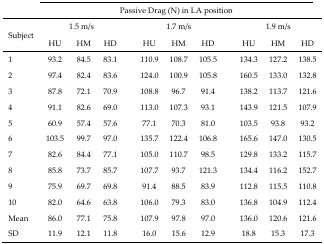
<table><thead><tr><td></td><td colspan="9"><b>Passive Drag (N) in LA position</b></td></tr><tr><td rowspan="2"><b>Subject</b></td><td colspan="3"><b>1.5 m/s</b></td><td colspan="3"><b>1.7 m/s</b></td><td colspan="3"><b>1.9 m/s</b></td></tr><tr><td><b>HU</b></td><td><b>HM</b></td><td><b>HD</b></td><td><b>HU</b></td><td><b>HM</b></td><td><b>HD</b></td><td><b>HU</b></td><td><b>HM</b></td><td><b>HD</b></td></tr></thead><tbody><tr><td>1</td><td>93.2</td><td>84.5</td><td>83.1</td><td>110.9</td><td>108.7</td><td>105.5</td><td>134.3</td><td>127.2</td><td>138.5</td></tr><tr><td>2</td><td>97.4</td><td>82.4</td><td>83.6</td><td>124.0</td><td>100.9</td><td>105.8</td><td>160.5</td><td>133.0</td><td>132.8</td></tr><tr><td>3</td><td>87.8</td><td>72.1</td><td>70.9</td><td>108.8</td><td>96.7</td><td>91.4</td><td>138.2</td><td>113.7</td><td>121.6</td></tr><tr><td>4</td><td>91.1</td><td>82.6</td><td>69.0</td><td>113.0</td><td>107.3</td><td>93.1</td><td>143.9</td><td>121.5</td><td>107.9</td></tr><tr><td>5</td><td>60.9</td><td>57.4</td><td>57.6</td><td>77.1</td><td>70.3</td><td>81.0</td><td>103.5</td><td>93.8</td><td>93.2</td></tr><tr><td>6</td><td>103.5</td><td>99.7</td><td>97.0</td><td>135.7</td><td>122.4</td><td>106.8</td><td>165.6</td><td>147.0</td><td>130.5</td></tr><tr><td>7</td><td>82.6</td><td>84.4</td><td>77.1</td><td>105.0</td><td>110.7</td><td>98.5</td><td>129.8</td><td>133.2</td><td>115.7</td></tr><tr><td>8</td><td>85.8</td><td>73.7</td><td>85.7</td><td>107.7</td><td>93.7</td><td>121.3</td><td>134.4</td><td>116.2</td><td>152.7</td></tr><tr><td>9</td><td>75.9</td><td>69.7</td><td>69.8</td><td>91.4</td><td>88.5</td><td>83.9</td><td>112.8</td><td>115.5</td><td>110.8</td></tr><tr><td>10</td><td>82.0</td><td>64.6</td><td>63.8</td><td>106.0</td><td>79.3</td><td>83.0</td><td>136.8</td><td>104.9</td><td>112.4</td></tr><tr><td>Mean</td><td>86.0</td><td>77.1</td><td>75.8</td><td>107.9</td><td>97.8</td><td>97.0</td><td>136.0</td><td>120.6</td><td>121.6</td></tr><tr><td>SD</td><td>11.9</td><td>12.1</td><td>11.8</td><td>16.0</td><td>15.6</td><td>12.9</td><td>18.8</td><td>15.3</td><td>17.3</td></tr></tbody></table>